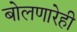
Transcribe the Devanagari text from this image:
बोलणारेही